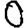
Digit: 0